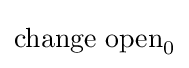
{\text{change open}}_{0}